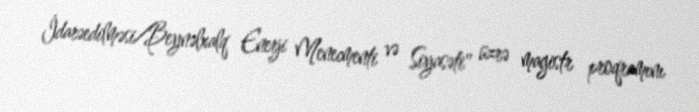
İdarəedilməsi/Beynəlxalq Enerji Menecmenti və Siyasəti" üzrə magistr proqramını